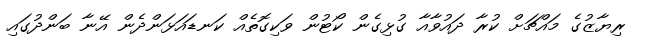
ރިޔާޒުގެ މައްޗަށް ކުރާ ދައުވާއާ ގުޅިގެން ކޯޓުން ވަކިގޮތެއް ކަނޑައަޅަންދެން އޭނާ ބަންދުގައި